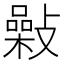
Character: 𢿾